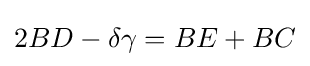
2BD-\delta \gamma =BE+BC